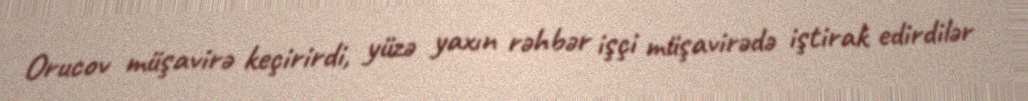
Orucov müşavirə keçirirdi, yüzə yaxın rəhbər işçi müşavirədə iştirak edirdilər